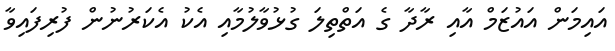
އައިމަން އައުޒަމް އާއި ރާދާ ގެ އަތްތިލަ ގުޅުވާލުމާއި އެކު އެކަރުނުން ފުރިފައިވާ